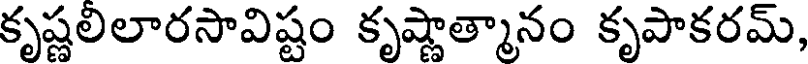
కృష్ణలిలారసావిష్టం కృష్ణాత్మానం కృపాకరమ్,